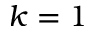
k = 1